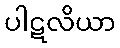
ပါဋလိယာ